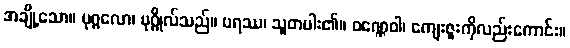
အချို့သော။ ပုဂ္ဂလော၊ ပုဂ္ဂိုလ်သည်။ ပရဿ၊ သူတပါး၏။ ဝဏ္ဏေဝါ၊ ကျေးဇူးကိုလည်းကောင်း။